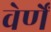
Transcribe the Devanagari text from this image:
वेर्णें